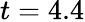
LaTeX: t=4.4